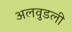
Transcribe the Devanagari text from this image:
अलवुडली